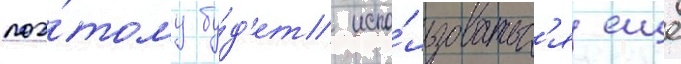
поэ́тому бу́д'ет испо́льзоватьс'я еще